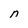
Character: n